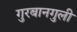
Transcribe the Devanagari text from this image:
गुरबानगुली